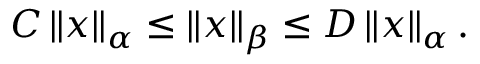
C \left\| x \right\| _ { \alpha } \leq \left\| x \right\| _ { \beta } \leq D \left\| x \right\| _ { \alpha } .